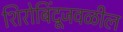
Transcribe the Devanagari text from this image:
शिरोबिंदूजवळील